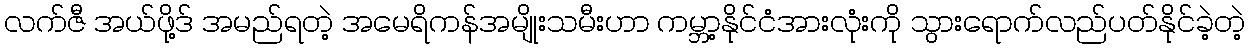
လက်ဇီ အယ်ဖို့ဒ် အမည်ရတဲ့ အမေရိကန်အမျိုးသမီးဟာ ကမ္ဘာ့နိုင်ငံအားလုံးကို သွားရောက်လည်ပတ်နိုင်ခဲ့တဲ့